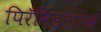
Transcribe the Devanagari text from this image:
पिरॅमिडसारखे